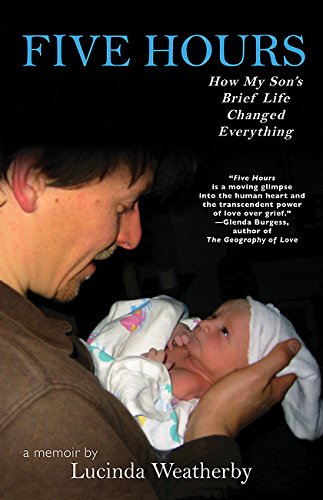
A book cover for Five Hours: How My Son's Brief Life Changed Everything; Lucinda Weatherby; Parenting & Relationships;